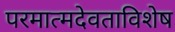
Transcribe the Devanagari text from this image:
परमात्मदेवताविशेष